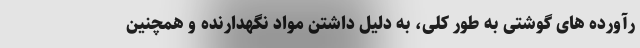
رآورده های گوشتی به طور کلی، به دلیل داشتن مواد نگهدارنده و همچنین